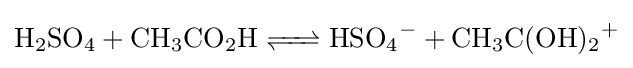
{\ce {H2SO4 + CH3CO2H <=> HSO4- + CH3C(OH)2+}}